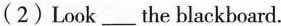
(2)Look___the blackboard.